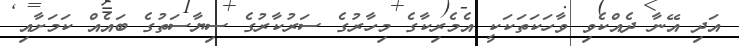
އަދި އޭނާ ދެއްކެވި ވާހަކަތަކަކީ އެމެރިކާގެ މިހާރުގެ ސަރުކާރުގެ ސިޔާސަތުގެ ބައެއް ކަމަށާއި